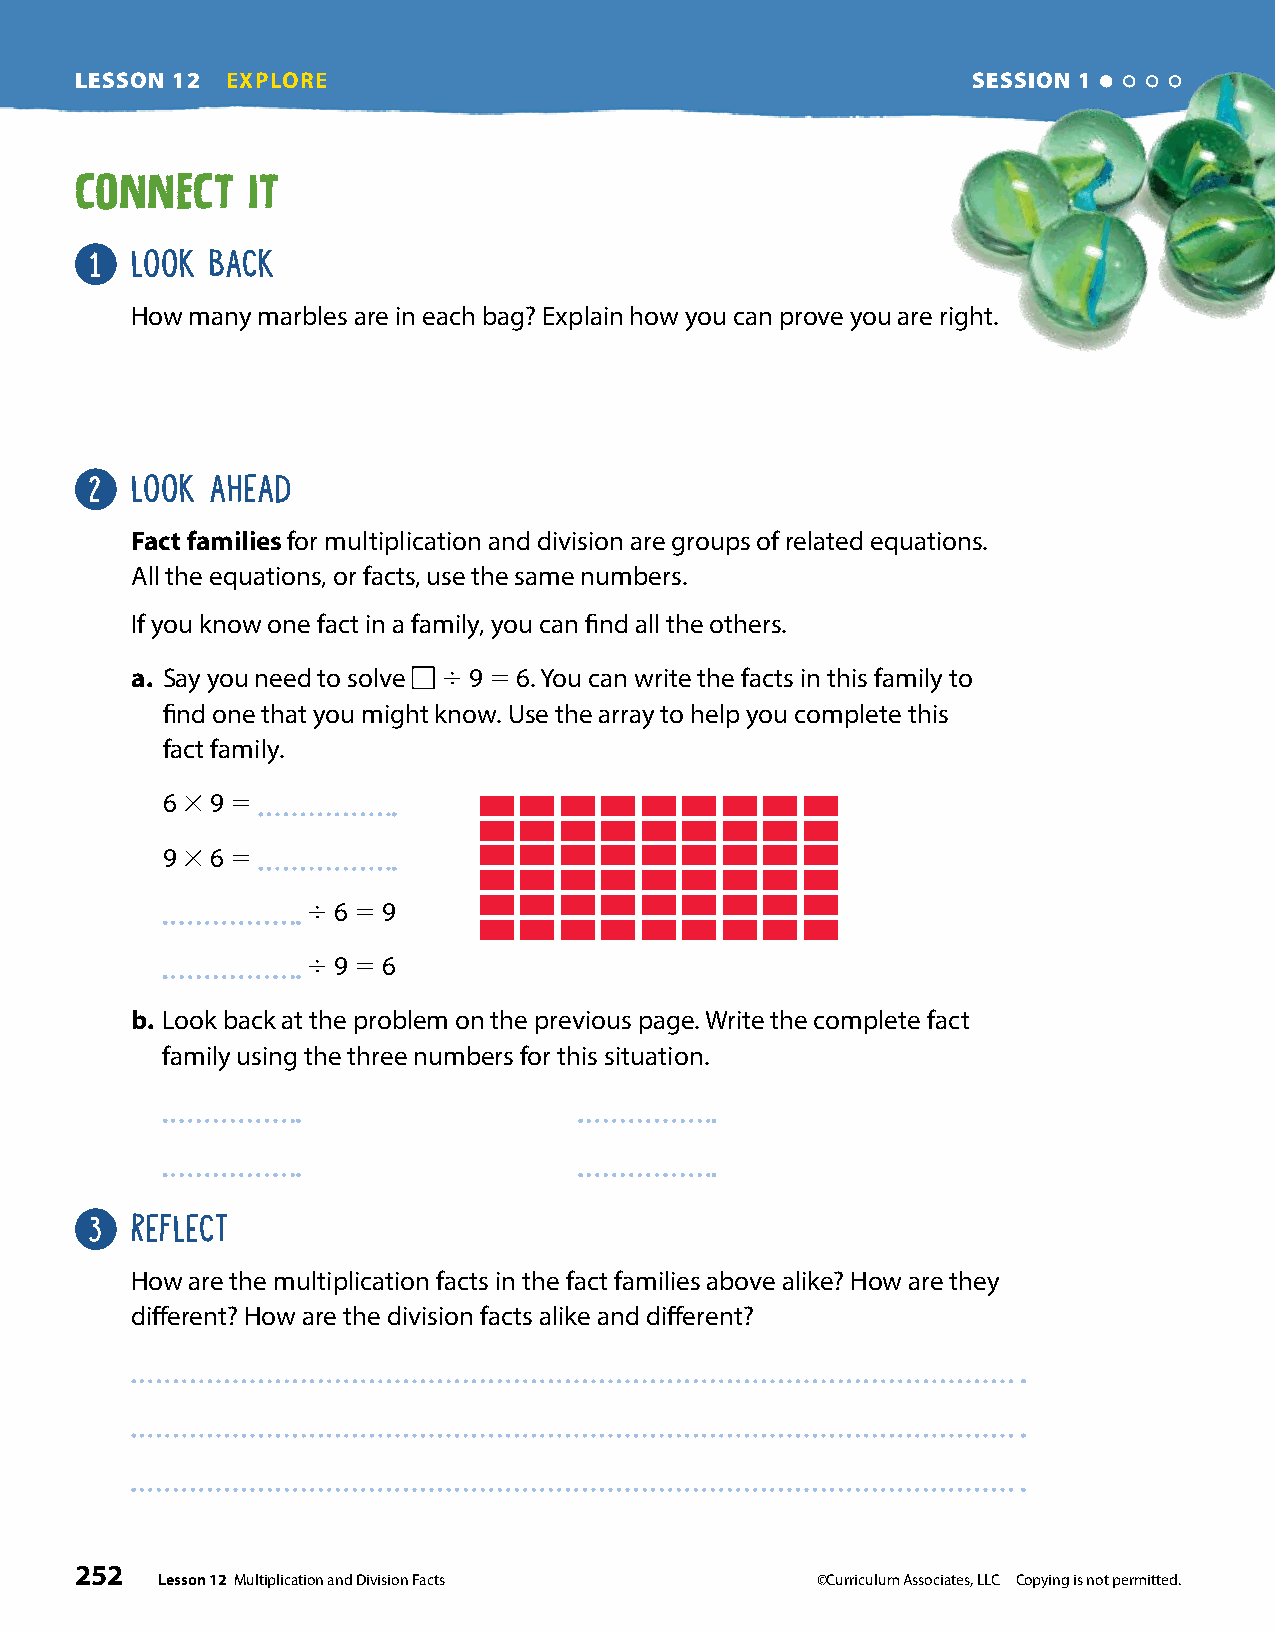
LESSON 12 EXPLORE                                          SESSION 1
 CONNECT    IT
 1  LOOK BACK
 How many marbles are in each bag? Explain how you can prove you are right.
 2  LOOK AHEAD
 Fact families for multiplication and division are groups of related equations.
 All the equations, or facts, use the same numbers.
 If you know one fact in a family, you can find all the others.
 a . Say you need to solve 4 9 5 6. You can write the facts in this family to
 find one that you might know. Use the array to help you complete this
 fact family.
 6 3 9 5
 9 3 6 5
 4 6 5 9
 4 9 5 6
 b . Look back at the problem on the previous page. Write the complete fact
 family using the three numbers for this situation.
 3  REFLECT
 How are the multiplication facts in the fact families above alike? How are they
 different? How are the division facts alike and different?
 252
 Lesson 12 Multiplication and Division Facts ©Curriculum Associates, LLC Copying is not permitted.